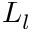
L _ { l }